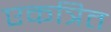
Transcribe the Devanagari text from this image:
एकत्रित